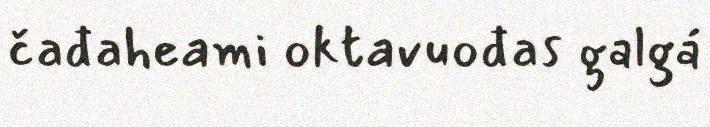
čađaheami oktavuođas galgá